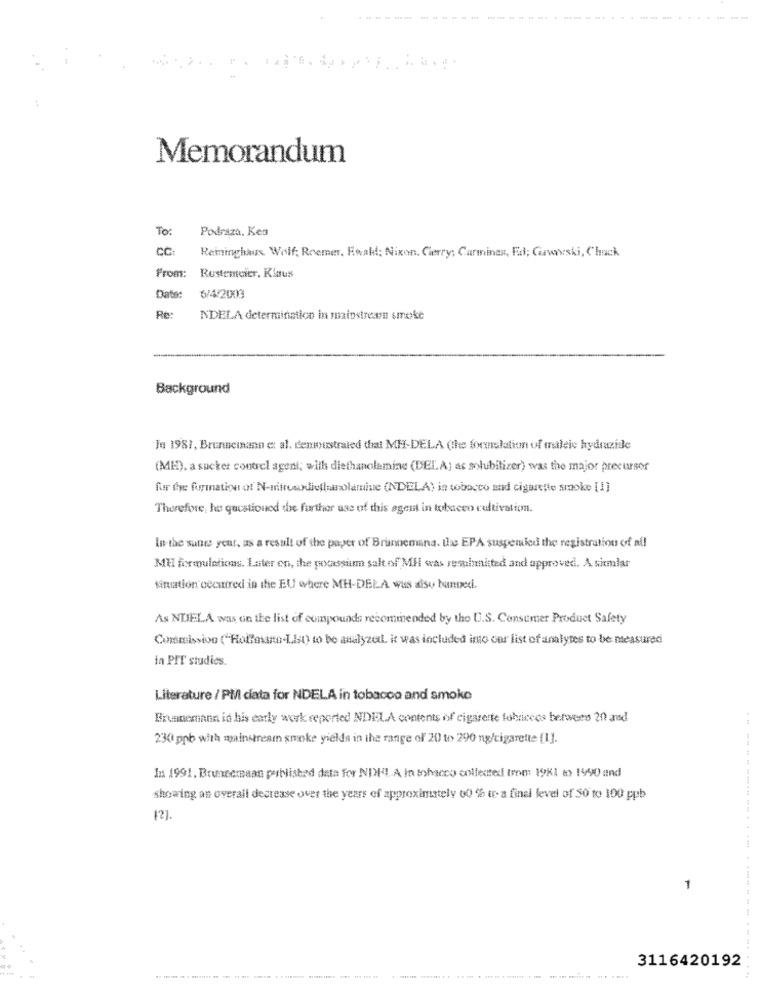
Memorandum
To:
Podraza. Kes
CC
Reminghaus Wolf; Roemer, Roald; Nixon, Cherry; Carmines, Fal; Carworski, Chuck
From: Restemeier, Klaus
Date:
6/4/2003
Re:
NDELA determination in mainstream smoke
Background
In 1981, Brunnemann et al. denmustrated that MH-DELA (the formulation of maleic hydrazide
(MED), a sucker control agent; with diethanolamine (DEL A) as solubilizer) was the major precursor
fur the formation of N-mirosdietimolamine (NDELA) in tobacco and cigarette smoke [1]
Therefore, he questioned the further use of this agent in tobacco cultivation.
In the sunes year, as a result of the paper of Brunnemana. the EPA susperuled the registration of all
ME formulations. Later on, the pocassum salt of MH was resubmited and approved. A similar
situation oecautredi in the EUl where MH-DELA was sisu bannedi.
As NUJELA was on the list of compounds recommended by the U.S. Consumer Product Safety
Consmissivo ("Hollesanto-List) to be analyzed. it was included ino cor list of analytes to be measured
in PIT studies.
Literature / PM/ data for NDELA in tobacco and smoke
Brunnemann in his early work reported NDELA contents of cigarette fabricees between 20 and
230 ppb with mainstream smoke yields in the range of 20 to 290 ng/cigarette [1].
In 1991. Bruxcemaan published data for NDHI A In tobacco collected Imm 19Kl to 1990 and
showing an overall decrease over the years of approximately 00 % t- a final level of 50 to 100 pub
[2].
1
3116420192
...